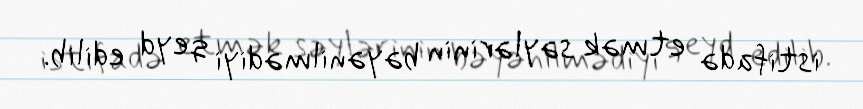
istifadə etmək səylərinin bəyənilmədiyi qeyd edilib.